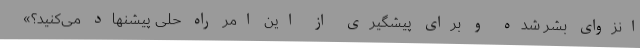
انزوای بشر شده و برای پیشگیری از این امر راه حلی پیشنهاد می‌کنید؟»